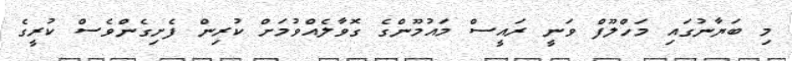
މި ބަޔާނުގައި މަހްލޫފް ވަނީ ރައީސް މައުމޫންގެ ގޮވާލެއްވުމަށް ކުރިން ފެށިގެންވެސް ކުރީގެ